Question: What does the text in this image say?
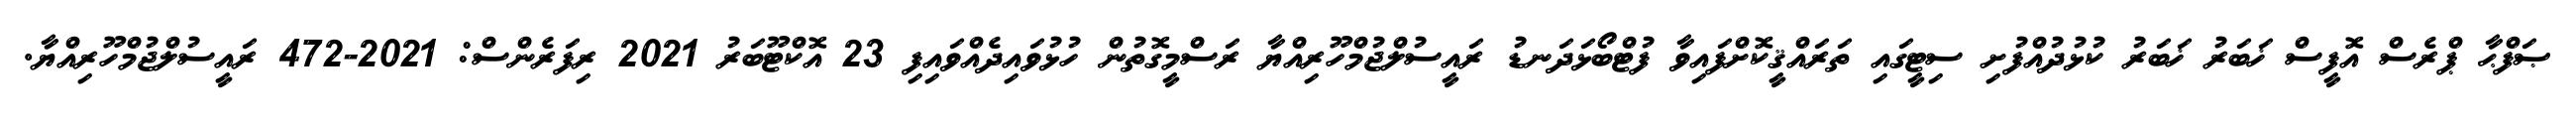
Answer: ޞަފްޙާ ޕްރެސް އޮފީސް ޚަބަރު ޚަބަރު ކުޅުދުއްފުށި ސިޓީގައި ތަރައްޤީކޮށްފައިވާ ފުޓްބޯޅަދަނޑު ރައީސުލްޖުމްހޫރިއްޔާ ރަސްމީގޮތުން ހުޅުވައިދެއްވައިފި 23 އޮކްޓޫބަރު 2021 ރިފަރެންސް: 2021-472 ރައީސުލްޖުމްހޫރިއްޔާ.